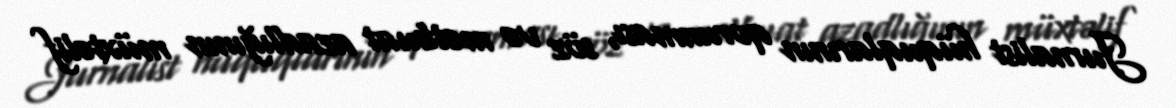
Jurnalist hüquqlarının qorunması, söz və mətbuat azadlığının müxtəlif